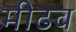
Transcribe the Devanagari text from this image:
मीढव